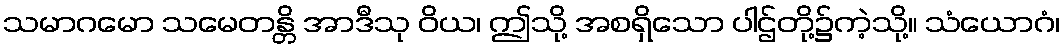
သမာဂမော သမေတန္တိ အာဒီသု ဝိယ၊ ဤသို့ အစရှိသော ပါဌ်တို့၌ကဲ့သို့။ သံယောဂံ၊